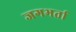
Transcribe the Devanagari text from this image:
जगभर्ता